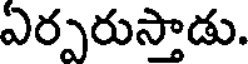
ఏర్పరుస్తాడు.